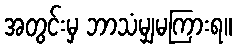
အတွင်းမှ ဘာသံမျှမကြားရ။